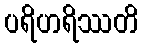
ပရိဟရိဿတိ